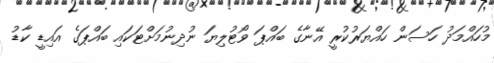
މުހައްމަދު ހަސަން ހައްޔަރުކުރީ އޭނާގެ ބައްޕަ ވޯޓުލިޔަ ނުދިނުމަށްޓަކައި ބައްޕަގެ އައިޑީ ކާޑު